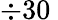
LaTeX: \div 30\nobreakspace